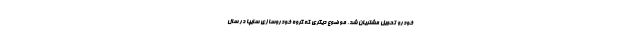
خودرو تحويل مشتريان شد. موضوع ديگري كه گروه خودروسازي سايپا در سال